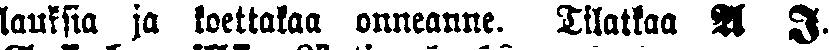
lauksia ja koettakaa onneanne. Tilatkaa A I.